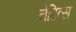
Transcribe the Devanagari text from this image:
नेटिव्स